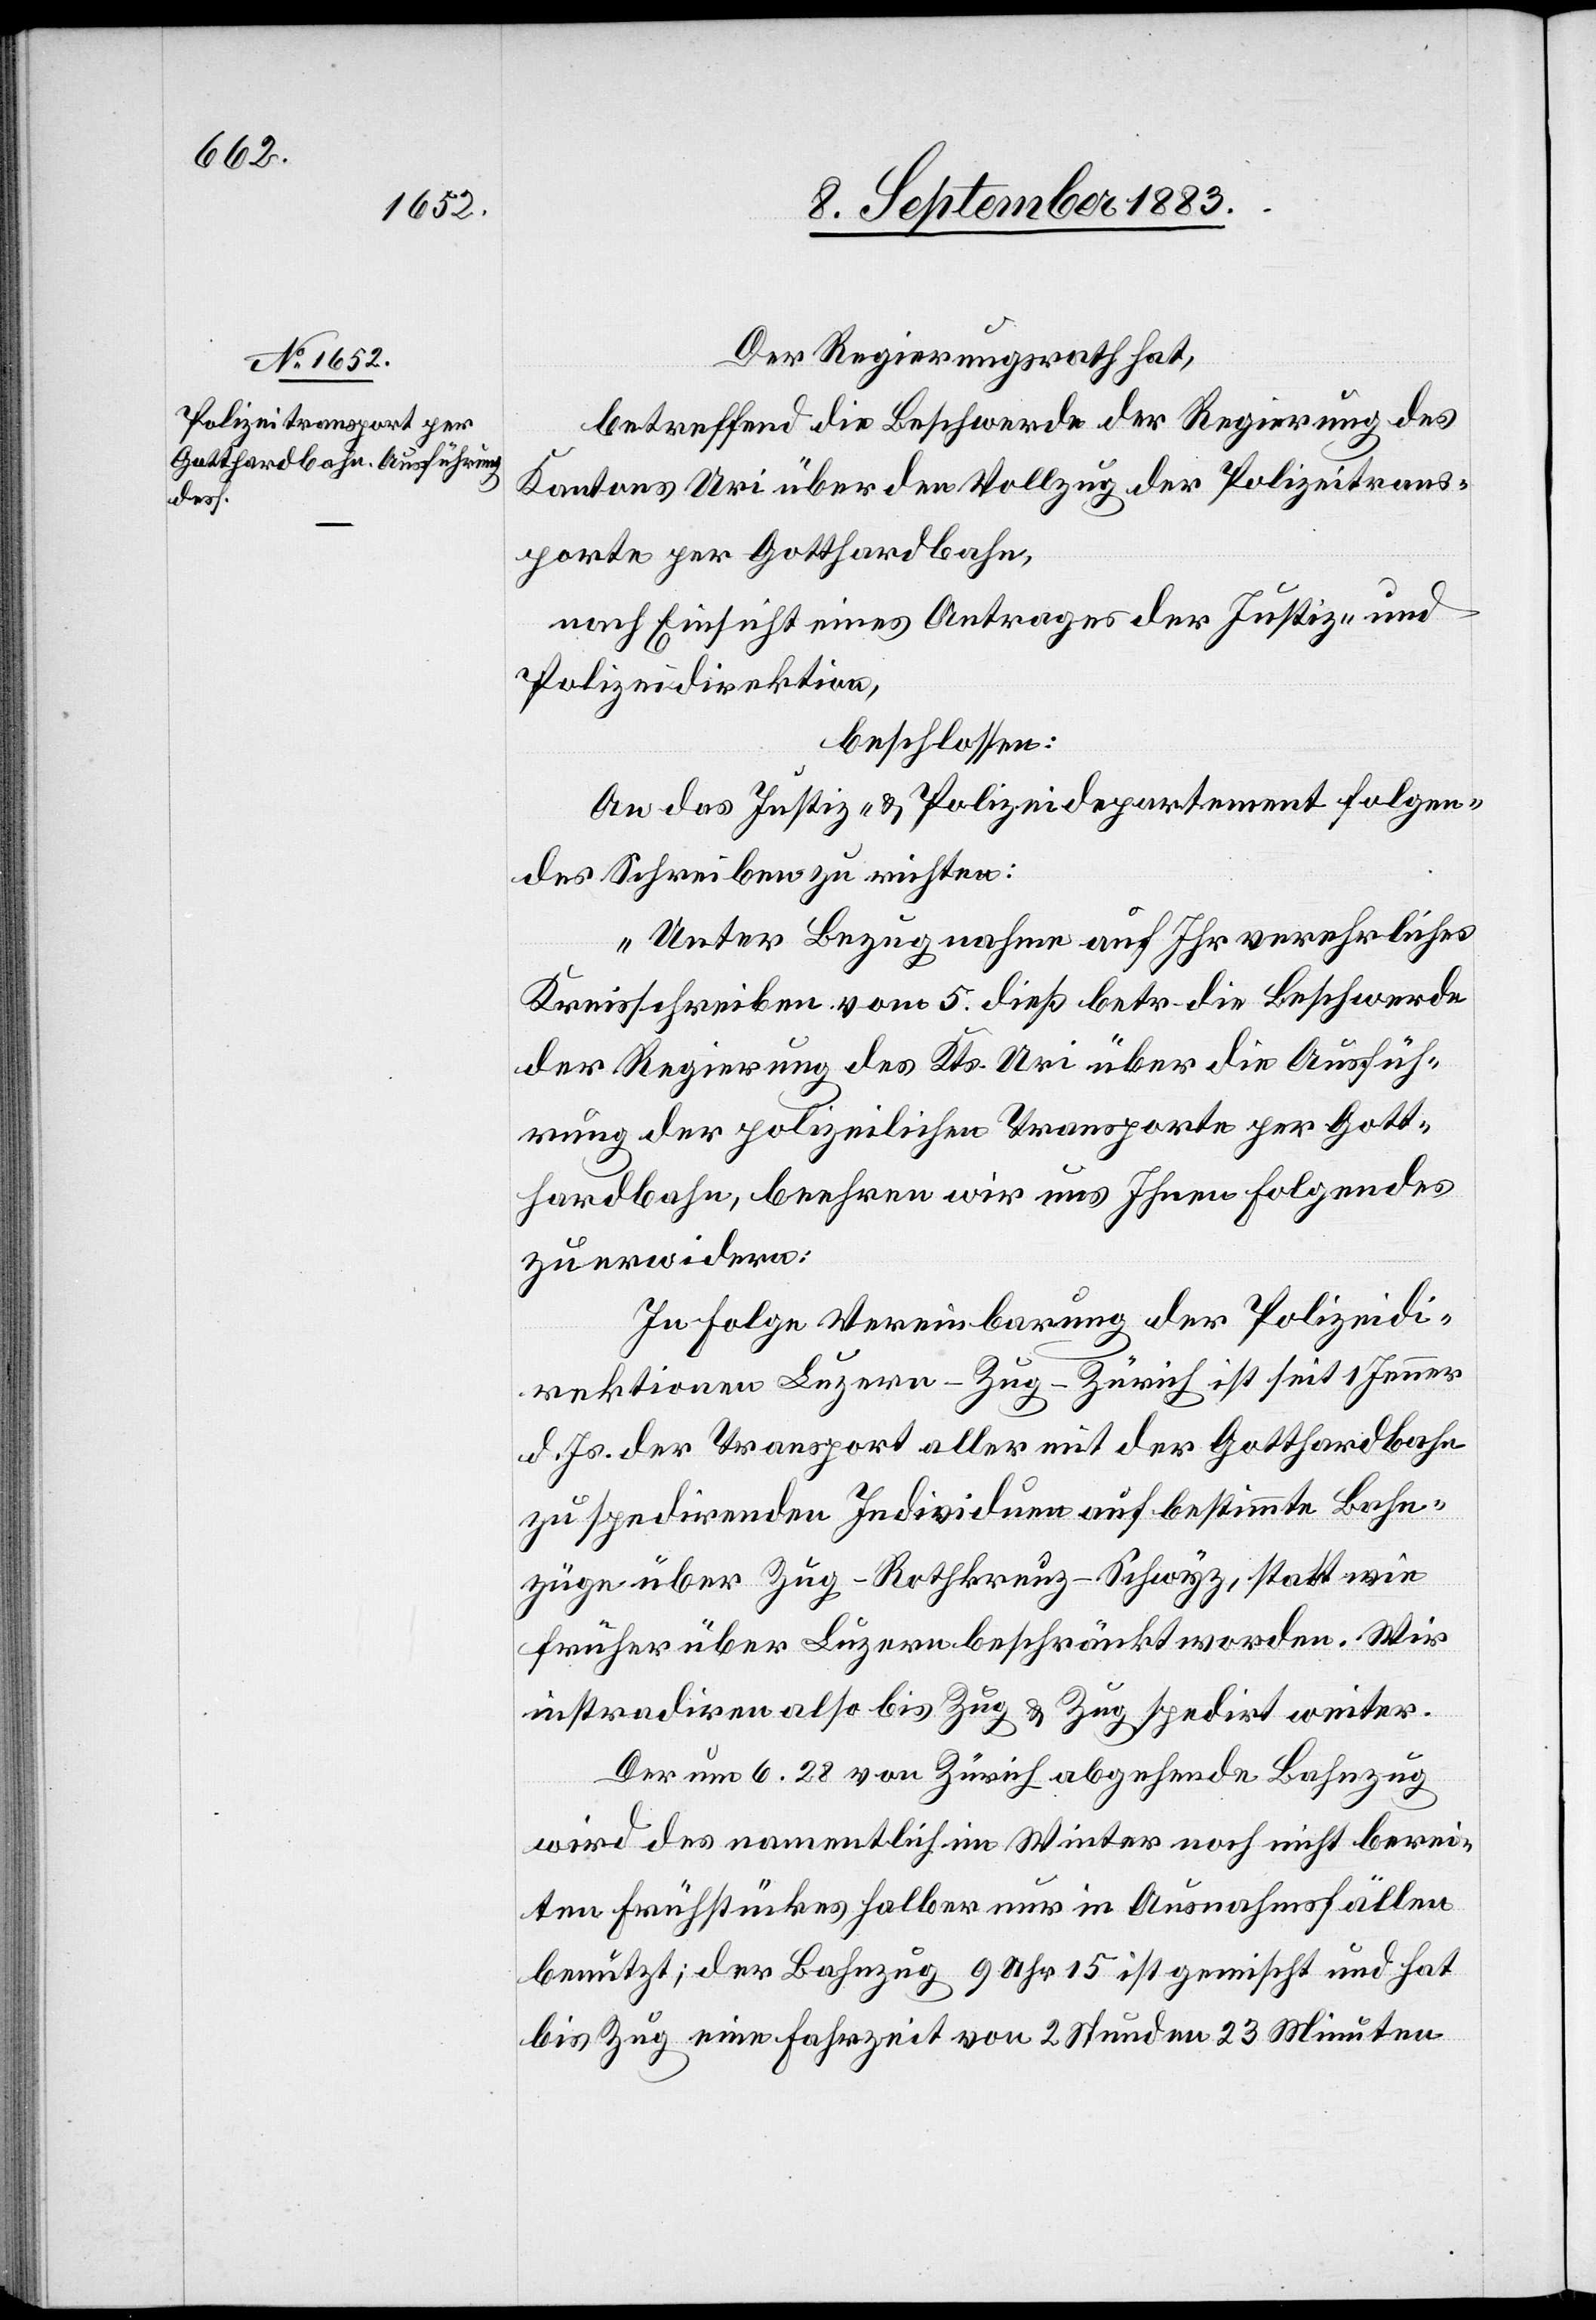
Der Regierungsrath hat,
betreffend die Beschwerde der Regierung des
Kantons Uri über den Vollzug der Polizeitrans¬
porte per Gotthardbahn,
nach Einsicht eines Antrages der Justiz- und
Polizeidirektion,
beschlossen:
An das Justiz- & Polizeidepartement folgen¬
des Schreiben zu richten:
„Unter Bezugnahme auf Ihr verehrliches
Kreisschreiben vom 5. dieß betr. die Beschwerde
der Regierung des Kts. Uri über die Ausfüh¬
rung der polizeilichen Transporte per Gott¬
hardbahn, beehren wir uns Ihnen Folgendes
zu erwidern:
In Folge Vereinbarung der Polizeidi¬
rektionen Luzern–Zug–Zürich ist seit 1. Jenner
d. Js. der Transport aller mit der Gotthardbahn
zu spedirenden Individuen auf bestimmte Bahn¬
züge über Zug–Rothkreuz–Schwyz, statt wie
früher über Luzern beschränkt worden. Wir
instradiren also bis Zug & Zug spedirt weiter.
Der um 6.28 von Zürich abgehende Bahnzug
wird des namentlichen im Winter noch nicht berei¬
ten Frühstücks halber nur in Ausnahmsfällen
benutzt; der Bahnzug 9 Uhr 15 ist gemischt und hat
bis Zug eine Fahrzeit von 2 Stunden 23 Minuten